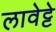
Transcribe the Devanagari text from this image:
लावेट्टे